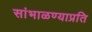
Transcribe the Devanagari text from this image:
सांभाळण्याप्रति